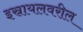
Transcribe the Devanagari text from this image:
इस्रायलवरील